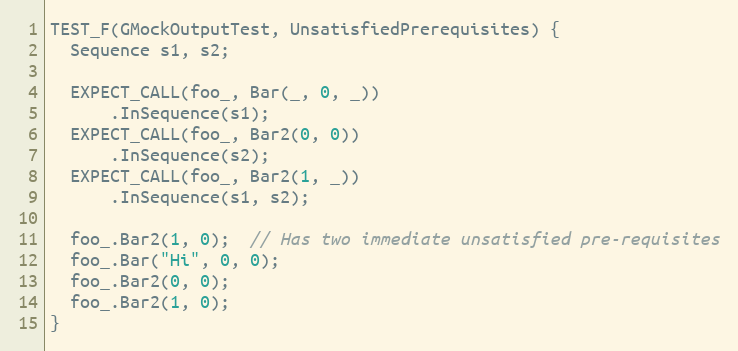
Language: C++
TEST_F(GMockOutputTest, UnsatisfiedPrerequisites) {
  Sequence s1, s2;

  EXPECT_CALL(foo_, Bar(_, 0, _))
      .InSequence(s1);
  EXPECT_CALL(foo_, Bar2(0, 0))
      .InSequence(s2);
  EXPECT_CALL(foo_, Bar2(1, _))
      .InSequence(s1, s2);

  foo_.Bar2(1, 0);  // Has two immediate unsatisfied pre-requisites
  foo_.Bar("Hi", 0, 0);
  foo_.Bar2(0, 0);
  foo_.Bar2(1, 0);
}